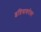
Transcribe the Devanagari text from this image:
इंद्रियाबरोबर